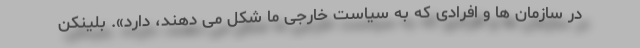
در سازمان ها و افرادی که به سیاست خارجی ما شکل می دهند، دارد». بلینکن